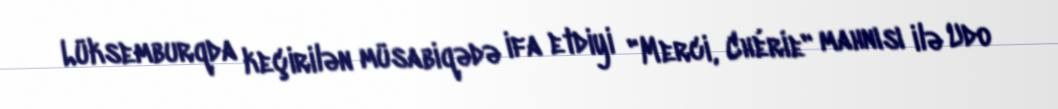
Lüksemburqda keçirilən müsabiqədə ifa etdiyi "Merci, Chérie" mahnısı ilə Udo